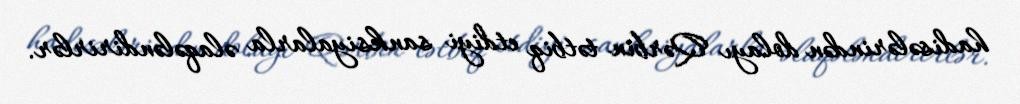
hadisələrindən dolayı Qərbin tətbiq etdiyi sanksiyalarla əlaqələndirirlər.